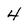
Character: 4